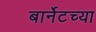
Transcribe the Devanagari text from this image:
बार्नेटच्या